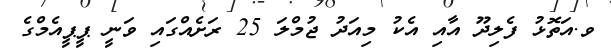
ވ.އަތޮޅު ފެލިދޫ އާއި އެކު މިއަދު ޖުމްލަ 25 ރަށެއްގައި ވަނީ ޕީޕީއެމްގެ